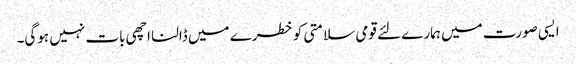
ایسی صورت میں ہمارے لئے قومی سلامتی کو خطرے میں ڈالنا اچھی بات نہیں ہوگی۔